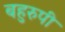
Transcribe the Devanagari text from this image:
बहुरुपी